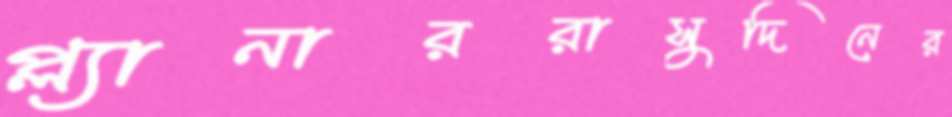
প্ল্যানাররাসুদিনের